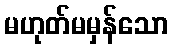
မဟုတ်မမှန်သော